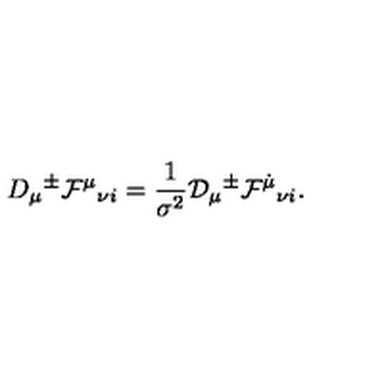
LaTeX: D _ { \mu } { } ^ { \pm } { \cal F } ^ { \mu } { } _ { \nu i } = \frac { 1 } { \sigma ^ { 2 } } { \cal D } _ { \mu } { } ^ { \pm } { \cal F } ^ { \dot { \mu } } { } _ { \nu i } .